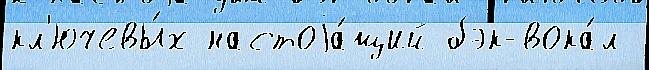
кл'ючевы́х настоjа́щий бэк-вока́л